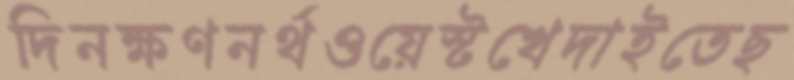
দিনক্ষণনর্থওয়েস্টখেদাইতেছ